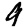
Digit: 9